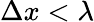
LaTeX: \Delta x<\lambda